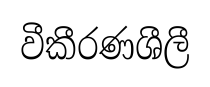
වීකීරණශීලී